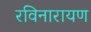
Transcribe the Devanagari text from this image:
रविनारायण